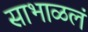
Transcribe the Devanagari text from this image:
साभाळलं